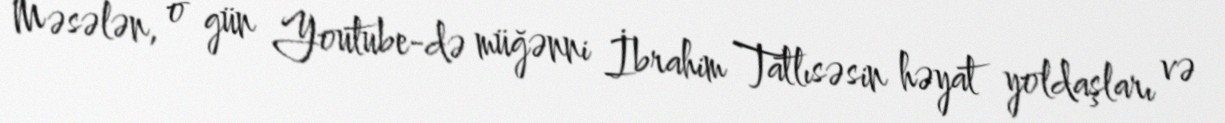
Məsələn, o gün Youtube-də müğənni İbrahim Tatlısəsin həyat yoldaşları və